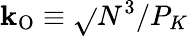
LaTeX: \mathbf{k}_{\mathrm{{O}}}\equiv\sqrt{}{{N^{3}/P_{K}}}